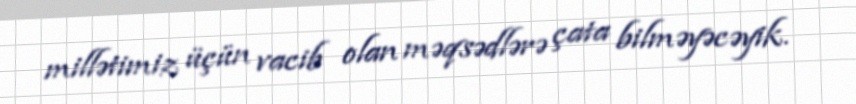
millətimiz üçün vacib olan məqsədlərə çata bilməyəcəyik.